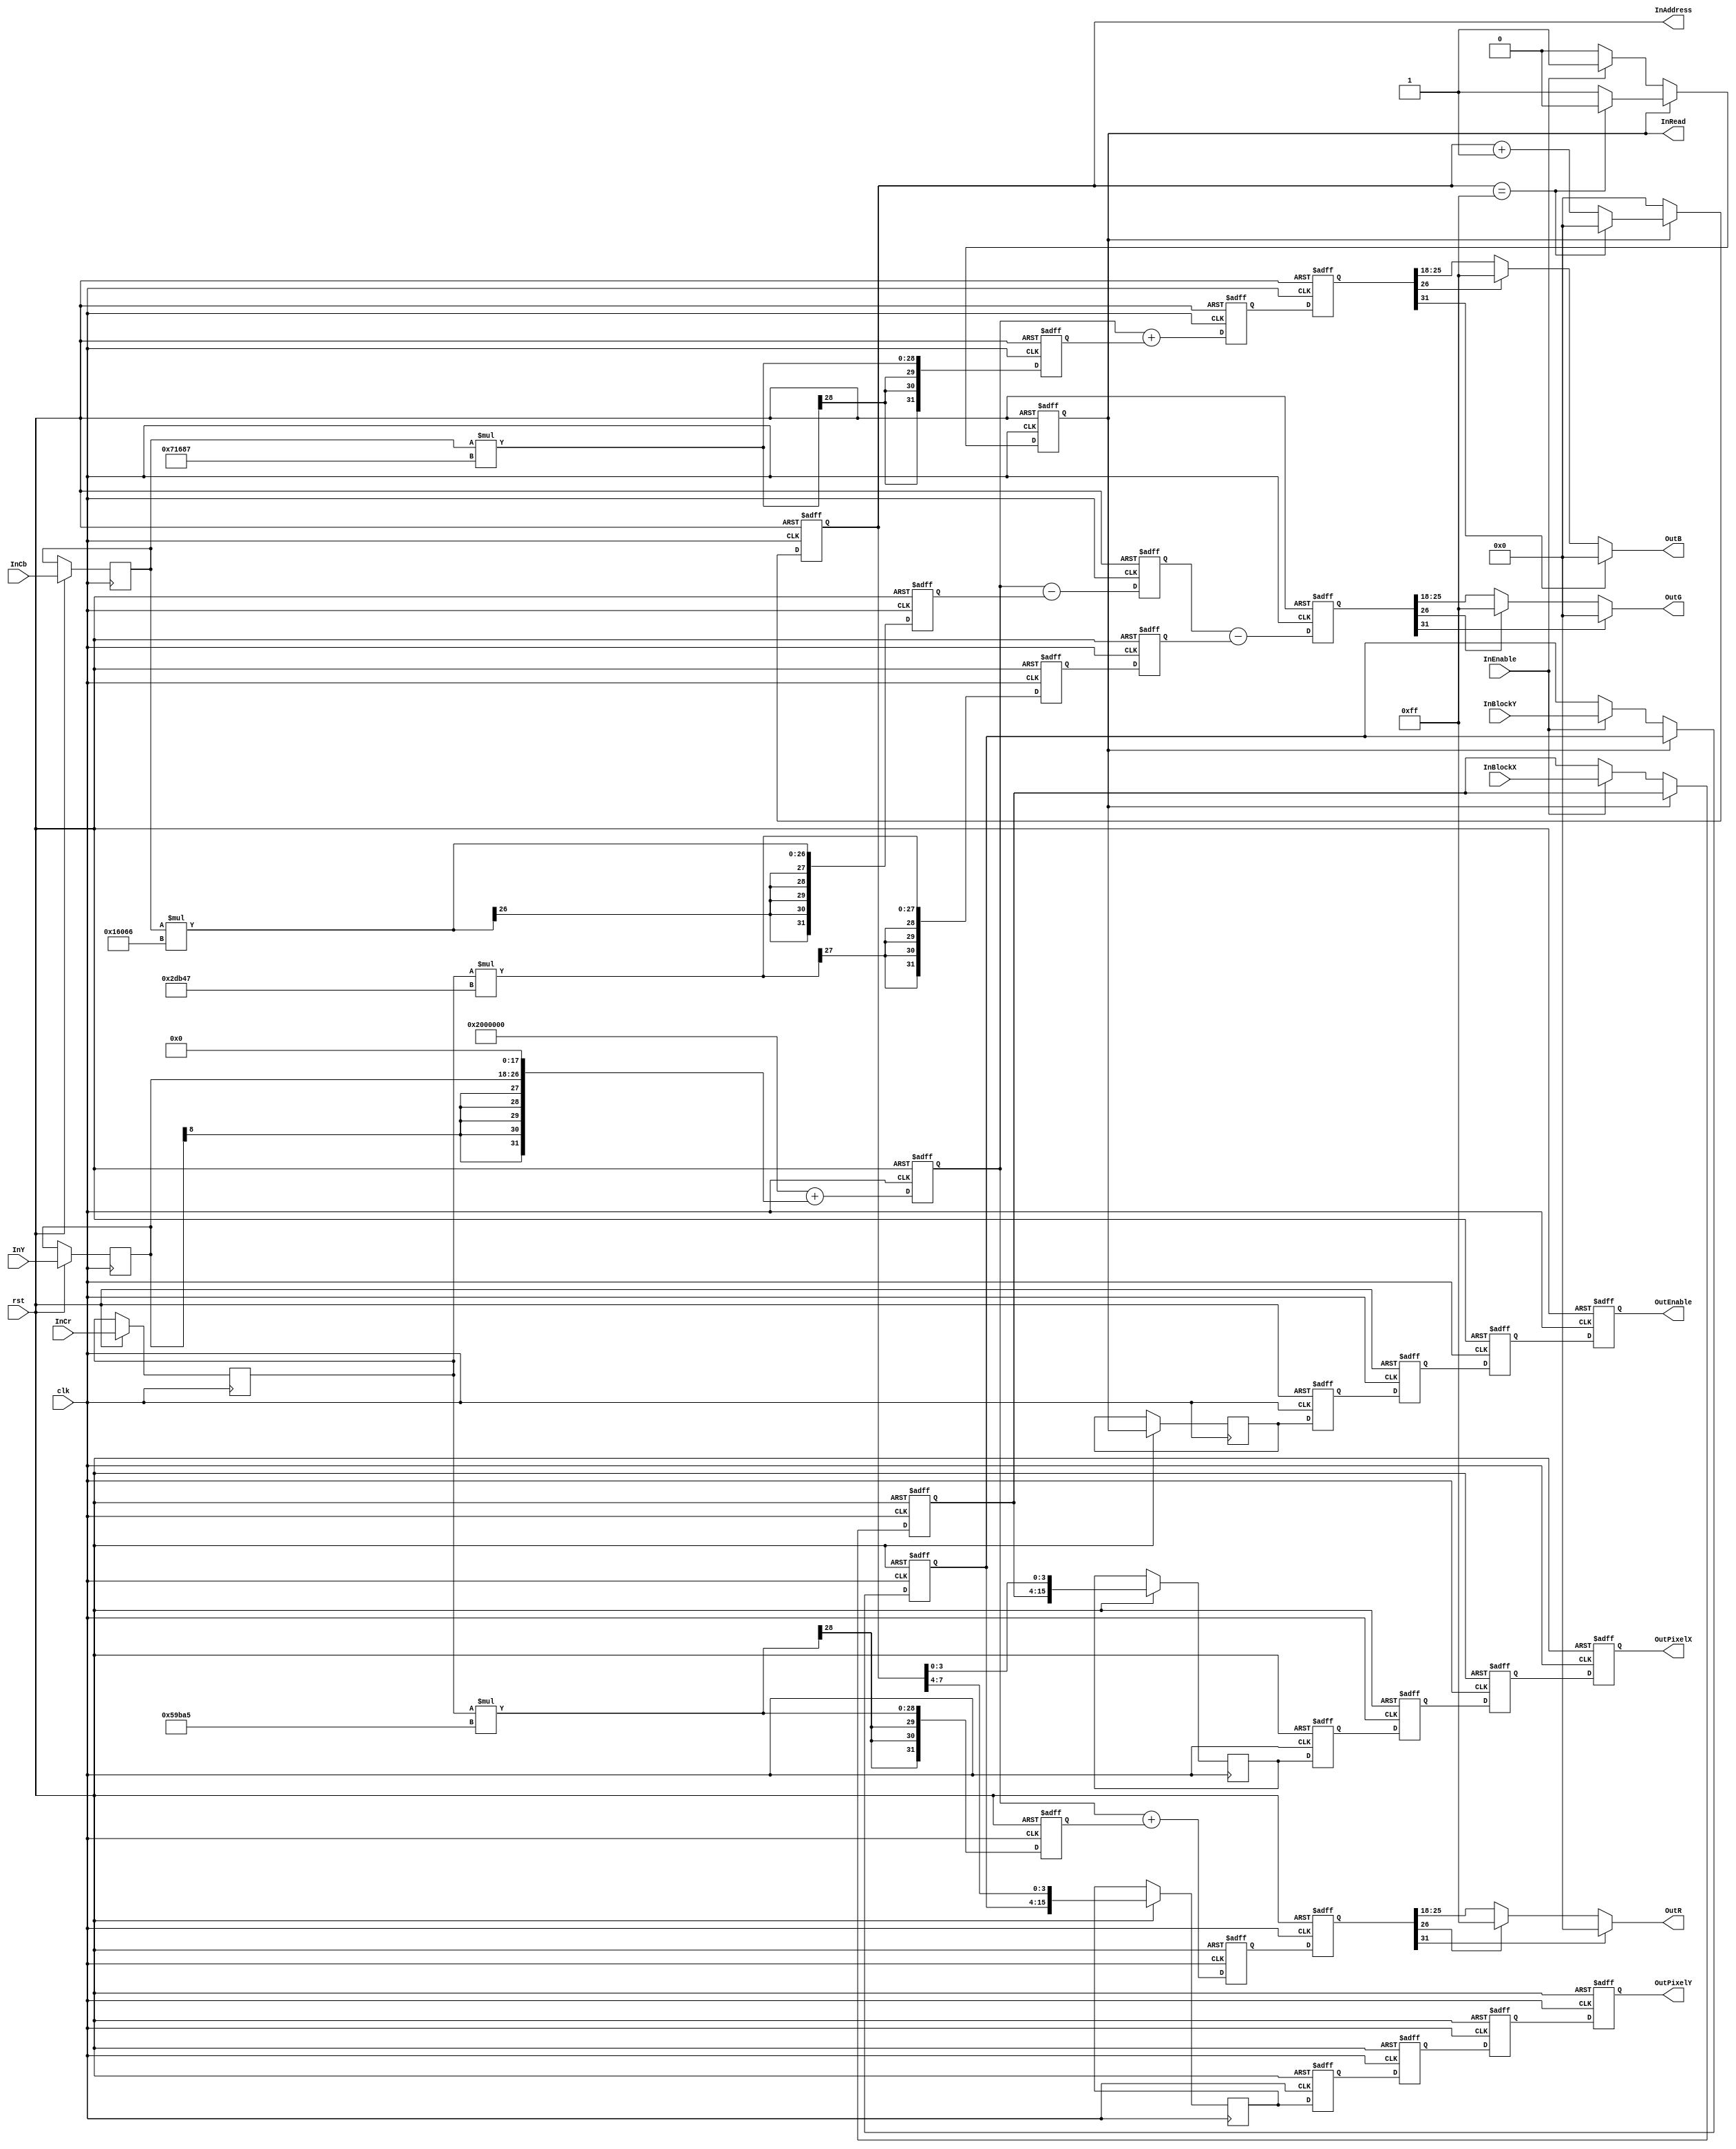
//---------------------------------------------------------------------------
// Module Name  : jpeg_ycbcr2rgb
// Description  : YCbCr2RGB
// Project      : JPEG Decoder
// Belong to    : 
// HomePage     : http://www.sweetcafe.jp/
// Rev.         : 1.1
//---------------------------------------------------------------------------
// Rev. Date       Description
//---------------------------------------------------------------------------
// 1.01 2006/10/01 1st Release
//---------------------------------------------------------------------------
`timescale 1ps / 1ps

//----------------------------------------------------------------------------
// JPEG YCbCr -> RGB Conveter
//----------------------------------------------------------------------------
module jpeg_ycbcr2rgb(
    rst,
    clk,

    InEnable,
    InRead,
    InBlockX,
    InBlockY,
    InAddress,
    InY,
    InCb,
    InCr,

    OutEnable,
    OutPixelX,
    OutPixelY,
    OutR,
    OutG,
    OutB
);

    input          clk;
    input          rst;
    
    input          InEnable;
    output         InRead;
    input [11:0]   InBlockX;
    input [11:0]   InBlockY;
    output [7:0]   InAddress;
    input [8:0]    InY;
    input [8:0]    InCb;
    input [8:0]    InCr;
    
    output         OutEnable;
    output [15:0]  OutPixelX;
    output [15:0]  OutPixelY;
    output [7:0]   OutR;
    output [7:0]   OutG;
    output [7:0]   OutB;
    
    reg            RunActive;
    reg [7:0]      RunCount;
    reg [11:0]     RunBlockX;
    reg [11:0]     RunBlockY;
    
    always @(posedge clk or negedge rst) begin
        if(!rst) begin
            RunActive <= 1'b0;
            RunCount  <= 8'h00;
            RunBlockX <= 12'h000;
            RunBlockY <= 12'h000;
        end else begin
            if(RunActive == 1'b0) begin
                if(InEnable == 1'b1) begin
                    RunActive <= 1'b1;
                    RunBlockX <= InBlockX;
                    RunBlockY <= InBlockY;
                end
                RunCount  <= 8'h00;
            end else begin
                if(RunCount == 8'hFF) begin
                    RunActive <= 1'b0;
                    RunCount  <= 8'h00;
                end else begin
                    RunCount <= RunCount +8'd1;
                end
            end
        end
    end
    
    assign InRead    = RunActive;
    assign InAddress = RunCount;

    reg         PreEnable;
    reg [15:0]  PreCountX;
    reg [15:0]  PreCountY;
    reg         Phase0Enable;
    reg [15:0]  Phase0CountX;
    reg [15:0]  Phase0CountY;
    reg         Phase1Enable;
    reg [15:0]  Phase1CountX;
    reg [15:0]  Phase1CountY;
    reg         Phase2Enable;
    reg [15:0]  Phase2CountX;
    reg [15:0]  Phase2CountY;
    reg         Phase3Enable;
    reg [15:0]  Phase3CountX;
    reg [15:0]  Phase3CountY;
    
    reg signed [31:0] rgb00r;
    reg signed [31:0] r00r;
    reg signed [31:0] g00r;
    reg signed [31:0] g01r;
    reg signed [31:0] b00r;
    reg signed [31:0] r10r;
    reg signed [31:0] g10r;
    reg signed [31:0] g11r;
    reg signed [31:0] b10r;
    reg signed [31:0] r20r;
    reg signed [31:0] g20r;
    reg signed [31:0] b20r;
    
    wire signed [8:0] DataY;
    wire signed [8:0] DataCb;
    wire signed [8:0] DataCr;
    
    reg signed [8:0]  Phase0Y;
    reg signed [8:0]  Phase0Cb;
    reg signed [8:0]  Phase0Cr;
    
    wire signed [19:0] C_RR = 20'h59BA5; // R_Cr: 1.402   * 0x4000
    wire signed [19:0] C_GB = 20'h16066; // G_Cb: 0.34414 * 0x4000
    wire signed [19:0] C_GR = 20'h2DB47; // G_Cr: 0.71414 * 0x4000
    wire signed [19:0] C_BB = 20'h71687; // B_Cb: 1.772   * 0x4000
    
    assign             DataY  = InY;
    assign             DataCb = InCb;
    assign             DataCr = InCr;
    
    reg signed [8:0]   Phase1Y,Phase1Cb,Phase1Cr;
    reg signed [8:0]   Phase2Y,Phase2Cb,Phase2Cr;
    
    always @(posedge clk or negedge rst) begin
        if(!rst) begin
            rgb00r <= 0;
            r00r   <= 0;
            g00r   <= 0;
            g01r   <= 0;
            b00r   <= 0;
            
            r10r   <= 0;
            g10r   <= 0;
            g11r   <= 0;
            b10r   <= 0;
            
            r20r   <= 0;
            g20r   <= 0;
            b20r   <= 0;
            
            Phase0Enable <= 1'b0;
            Phase0CountX <= 16'h0000;
            Phase0CountY <= 16'h0000;
            Phase1Enable <= 1'b0;
            Phase1CountX <= 16'h0000;
            Phase1CountY <= 16'h0000;
            Phase2Enable <= 1'b0;
            Phase2CountX <= 16'h0000;
            Phase2CountY <= 16'h0000;
            Phase3Enable <= 1'b0;
            Phase3CountX <= 16'h0000;
            Phase3CountY <= 16'h0000;
        end else begin
            // Pre
            PreEnable <= RunActive;
            PreCountX <= {RunBlockX,RunCount[3:0]};
            PreCountY <= {RunBlockY,RunCount[7:4]};
            
            // Phase0
            Phase0Enable <= PreEnable;
            Phase0CountX <= PreCountX;
            Phase0CountY <= PreCountY;
            Phase0Y      <= DataY;
            Phase0Cb     <= DataCb;
            Phase0Cr     <= DataCr;

            // Phase1
            Phase1Enable <= Phase0Enable;
            Phase1CountX <= Phase0CountX;
            Phase1CountY <= Phase0CountY;
            
            rgb00r <= 32'h02000000 + {Phase0Y[8],Phase0Y[8],Phase0Y[8],Phase0Y[8],Phase0Y[8],Phase0Y[8:0],18'h0000};
            r00r   <= Phase0Cr * C_RR;
            g00r   <= Phase0Cb * C_GB;
            g01r   <= Phase0Cr * C_GR;
            b00r   <= Phase0Cb * C_BB;
            
            Phase1Y  <= Phase0Y;
            Phase1Cb <= Phase0Cb;
            Phase1Cr <= Phase0Cr;
            
            // Phase2
            Phase2Enable <= Phase1Enable;
            Phase2CountX <= Phase1CountX;
            Phase2CountY <= Phase1CountY;
            
            r10r   <= rgb00r + r00r;
            g10r   <= rgb00r - g00r;
            g11r   <= g01r;
            b10r   <= rgb00r + b00r;
            
            Phase2Y  <= Phase1Y;
            Phase2Cb <= Phase1Cb;
            Phase2Cr <= Phase1Cr;
            
            // Phase3
            Phase3Enable <= Phase2Enable;
            Phase3CountX <= Phase2CountX;
            Phase3CountY <= Phase2CountY;
            r20r   <= r10r;
            g20r   <= g10r - g11r;
            b20r   <= b10r;
        end
    end
    
    assign OutEnable = Phase3Enable;
    assign OutPixelX = Phase3CountX;
    assign OutPixelY = Phase3CountY;
    assign OutR      = (r20r[31])?8'h00:(r20r[26])?8'hFF:r20r[25:18];
    assign OutG      = (g20r[31])?8'h00:(g20r[26])?8'hFF:g20r[25:18];
    assign OutB      = (b20r[31])?8'h00:(b20r[26])?8'hFF:b20r[25:18];
endmodule